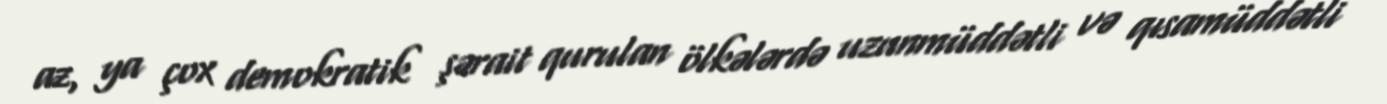
az, ya çox demokratik şərait qurulan ölkələrdə uzunmüddətli və qısamüddətli